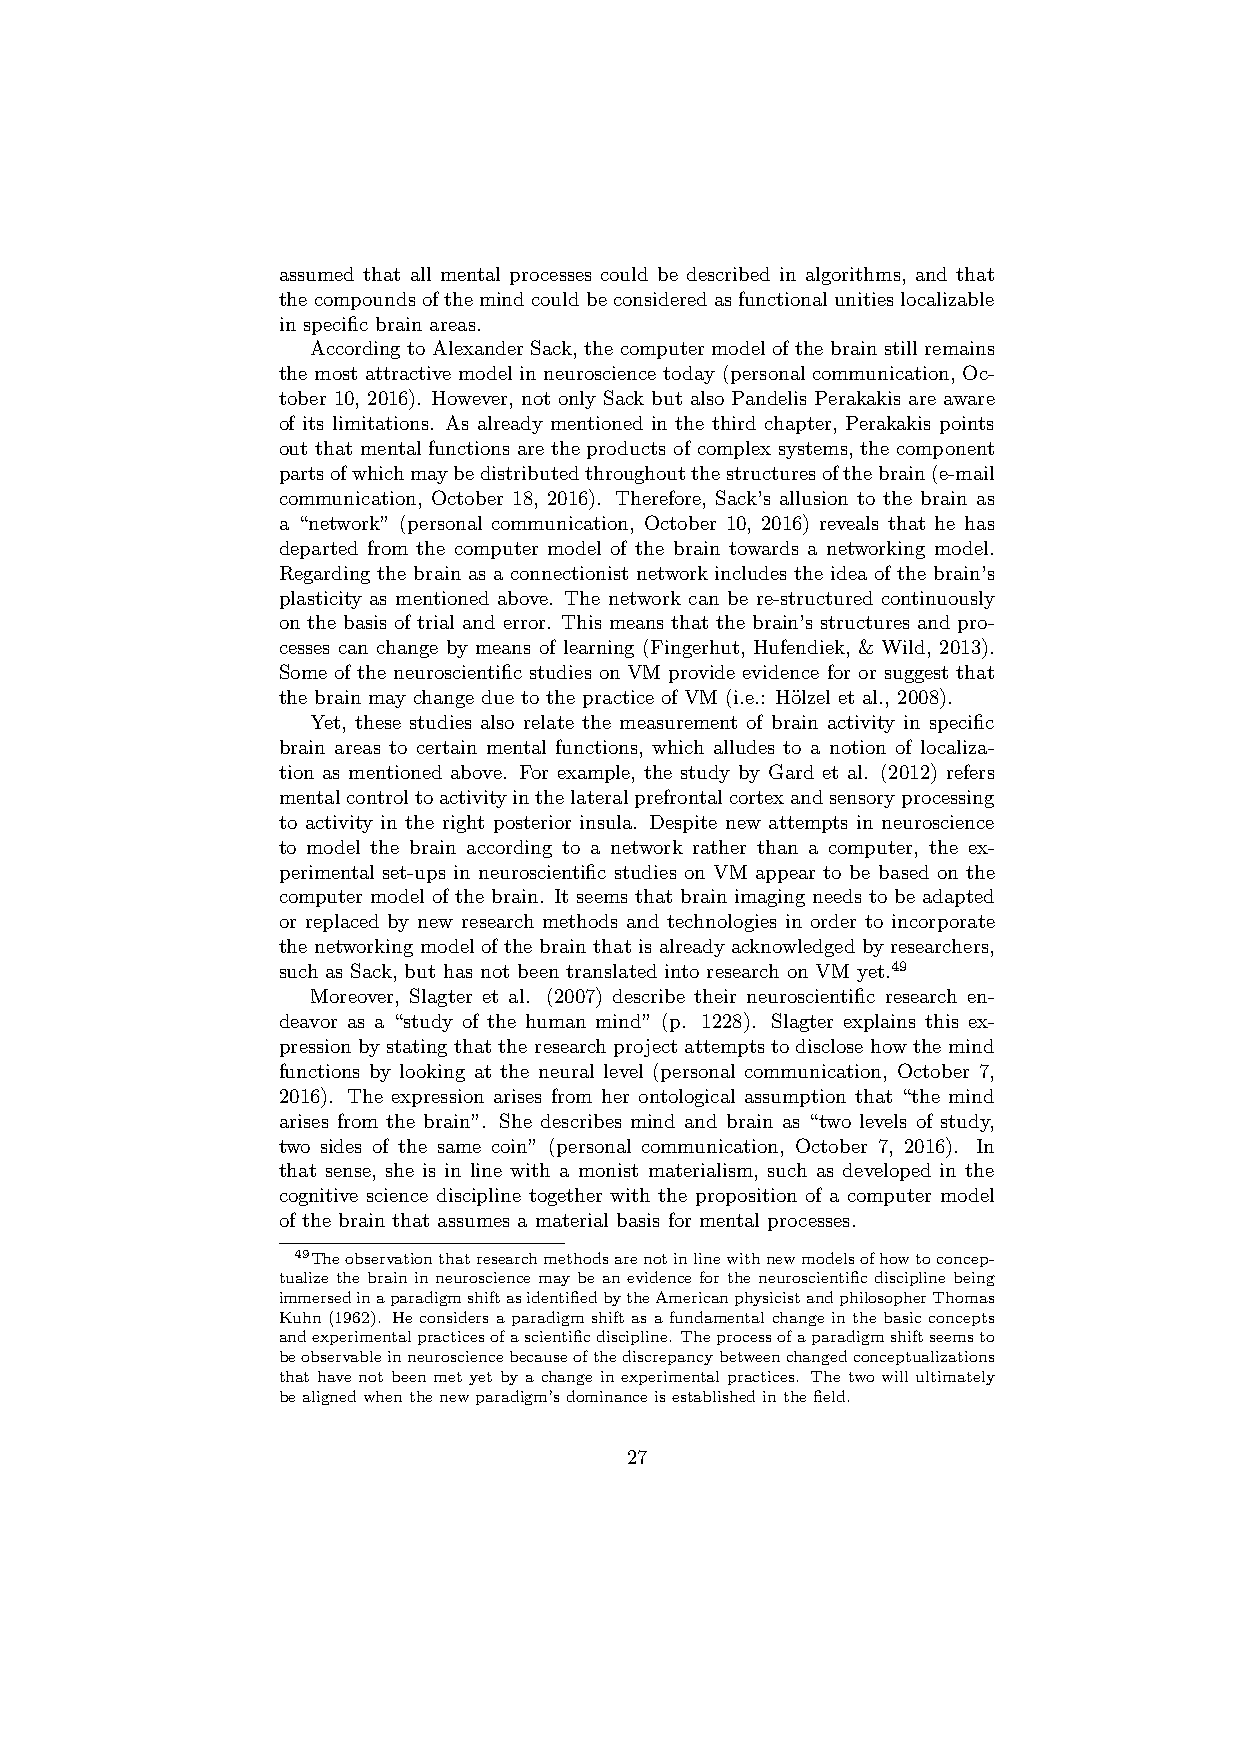
assumed that all mental processes could be described in algorithms, and that
 thecompoundsofthemindcouldbeconsideredasfunctionalunitieslocalizable
 in specific brain areas.
 According to Alexander Sack, the computer model of the brain still remains
 the most attractive model in neuroscience today (personal communication, Oc-
 tober 10, 2016). However, not only Sack but also Pandelis Perakakis are aware
 of its limitations. As already mentioned in the third chapter, Perakakis points
 out that mental functions are the products of complex systems, the component
 partsofwhichmaybedistributedthroughoutthestructuresofthebrain(e-mail
 communication, October 18, 2016). Therefore, Sack’s allusion to the brain as
 a “network” (personal communication, October 10, 2016) reveals that he has
 departed from the computer model of the brain towards a networking model.
 Regarding the brain as a connectionist network includes the idea of the brain’s
 plasticity as mentioned above. The network can be re-structured continuously
 on the basis of trial and error. This means that the brain’s structures and pro-
 cesses can change by means of learning (Fingerhut, Hufendiek, & Wild, 2013).
 Some of the neuroscientific studies on VM provide evidence for or suggest that
 the brain may change due to the practice of VM (i.e.: H¨olzel et al., 2008).
 Yet, these studies also relate the measurement of brain activity in specific
 brain areas to certain mental functions, which alludes to a notion of localiza-
 tion as mentioned above. For example, the study by Gard et al. (2012) refers
 mentalcontroltoactivityinthelateralprefrontalcortexandsensoryprocessing
 to activity in the right posterior insula. Despite new attempts in neuroscience
 to model the brain according to a network rather than a computer, the ex-
 perimental set-ups in neuroscientific studies on VM appear to be based on the
 computer model of the brain. It seems that brain imaging needs to be adapted
 or replaced by new research methods and technologies in order to incorporate
 the networking model of the brain that is already acknowledged by researchers,
 such as Sack, but has not been translated into research on VM yet.49
 Moreover, Slagter et al. (2007) describe their neuroscientific research en-
 deavor as a “study of the human mind” (p. 1228). Slagter explains this ex-
 pression by stating that the research project attempts to disclose how the mind
 functions by looking at the neural level (personal communication, October 7,
 2016). The expression arises from her ontological assumption that “the mind
 arises from the brain”. She describes mind and brain as “two levels of study,
 two sides of the same coin” (personal communication, October 7, 2016). In
 that sense, she is in line with a monist materialism, such as developed in the
 cognitive science discipline together with the proposition of a computer model
 of the brain that assumes a material basis for mental processes.
 49Theobservationthatresearchmethodsarenotinlinewithnewmodelsofhowtoconcep-
 tualize the brain in neuroscience may be an evidence for the neuroscientific discipline being
 immersedinaparadigmshiftasidentifiedbytheAmericanphysicistandphilosopherThomas
 Kuhn (1962). He considers a paradigm shift as a fundamental change in the basic concepts
 andexperimentalpracticesofascientificdiscipline. Theprocessofaparadigmshiftseemsto
 beobservableinneurosciencebecauseofthediscrepancybetweenchangedconceptualizations
 that have not been met yet by a change in experimental practices. The two will ultimately
 bealignedwhenthenewparadigm’sdominanceisestablishedinthefield.
 27